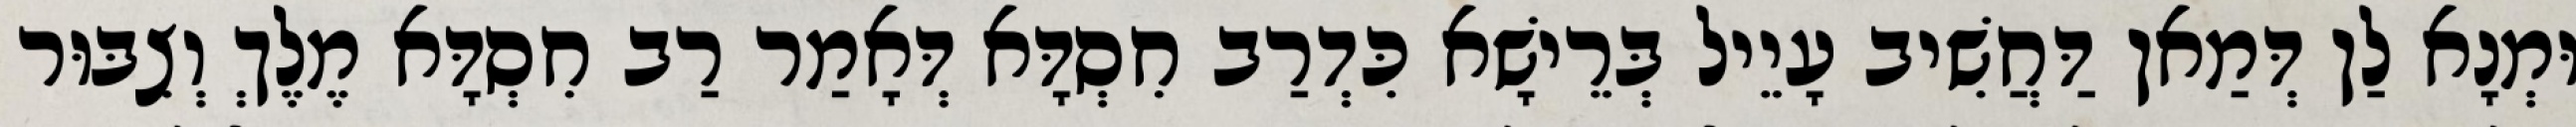
וּמְנָא לַן דְּמַאן דַּחֲשִׁיב עָיֵיל בְּרֵישָׁא כִּדְרַב חִסְדָּא דְּאָמַר רַב חִסְדָּא מֶלֶךְ וְצִבּוּר